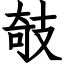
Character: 攲